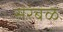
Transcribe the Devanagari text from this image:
सरंबळ